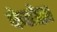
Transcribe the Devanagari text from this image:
फेरोझ